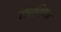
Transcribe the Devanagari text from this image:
संपत्तिवान